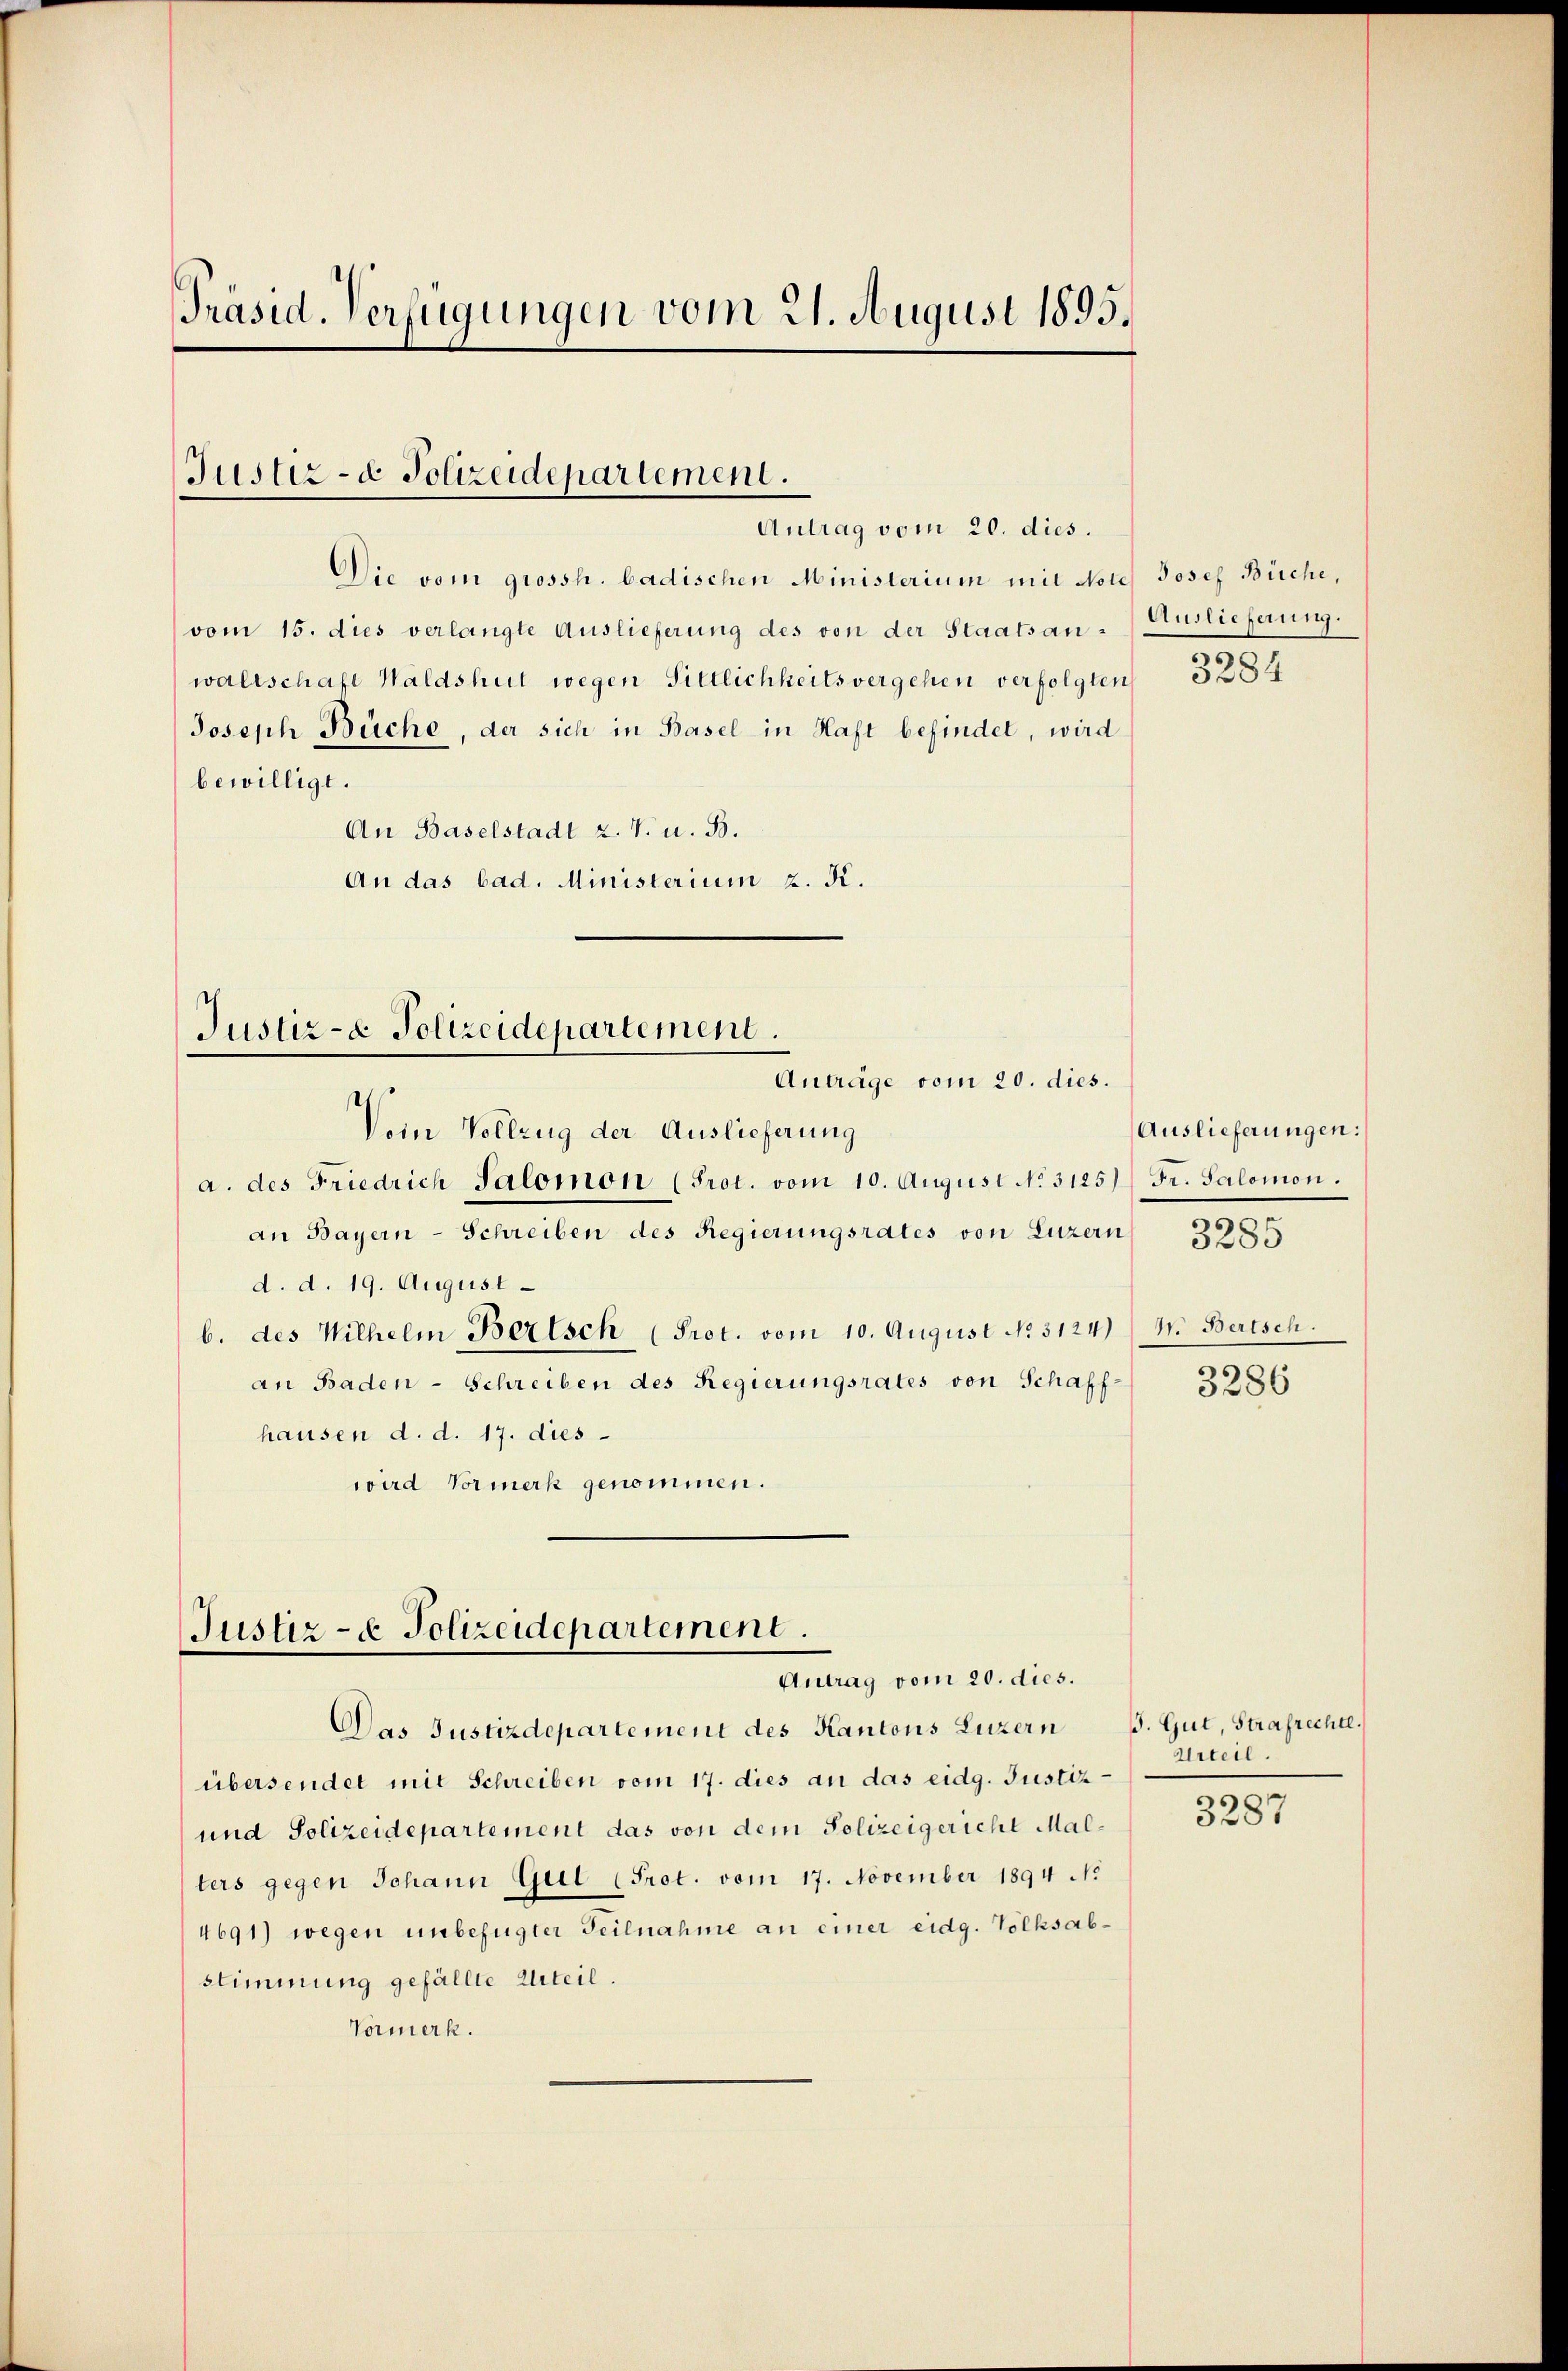
Präsid. Verfügungen vom 21. August 1895.

Justiz- & Polizeidepartement.
Antrag vom 20. dies.

Die vom grossh. badischen Ministerium mit Note Josef Büche,
vom 15. dies verlangte Auslieferung des von der Staatsanwaltschaft Waldshut wegen Sittlichheits vergehen verfolgten
Joseph Büche, der sich in Basel in Haft befindet, wird
bewilligt.
An Baselstadt z. V. u. B.
An das bad. Ministerium 2. Kr.

Justiz- & Polizeidepartement.
Anträge vom 20. dies.

Voin Vollzug der Auslieferung
a. des Friedrich Salomon (Prot. vom 10. August No. 3125) Fr. Salomon.
an Bayern-Schreiben des Regierungsrates von Luzern
d. d. 19. August
b. des Wilhelm Bertsch (Prot. vom 10. August No. 3124)
an Baden-Schreiben des Regierungsrates von Schaff-
hausen d. d. 17. dies
wird Vormerk genommen.

Justiz- & Polizeidepartement.
Antrag vom 20. dies.

übersendet mit Schreiben vom 17. dies an das eidg. Justiz-
und Polizeidepartement das von dem Polizeigericht Mallers gegen Johann Gut (Prot. vom 17. November 1894 No
4691) wegen unbefugter Teilnahme an einer eidg. Volksabstimmung gefällte Urteil.
Vormerk.

Das Justizdepartement des Kantons Luzern

Auslieferung.

3284

Auslieferungen:

3285

4. Bertsch.

3286

J. Gut, Strafrechte.
Urteil.

s
3287